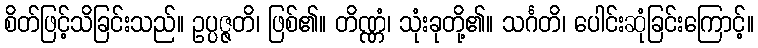
စိတ်ဖြင့်သိခြင်းသည်။ ဥပ္ပဇ္ဇတိ၊ ဖြစ်၏။ တိဏ္ဏံ၊ သုံးခုတို့၏။ သင်္ဂတိ၊ ပေါင်းဆုံခြင်းကြောင့်။